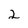
Character: 2